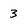
Character: 3